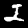
Label: 2